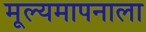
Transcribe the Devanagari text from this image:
मूल्यमापनाला